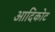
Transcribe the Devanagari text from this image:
आदिकोट